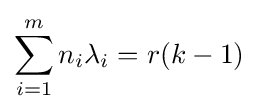
\sum _{i=1}^{m}n_{i}\lambda _{i}=r(k-1)